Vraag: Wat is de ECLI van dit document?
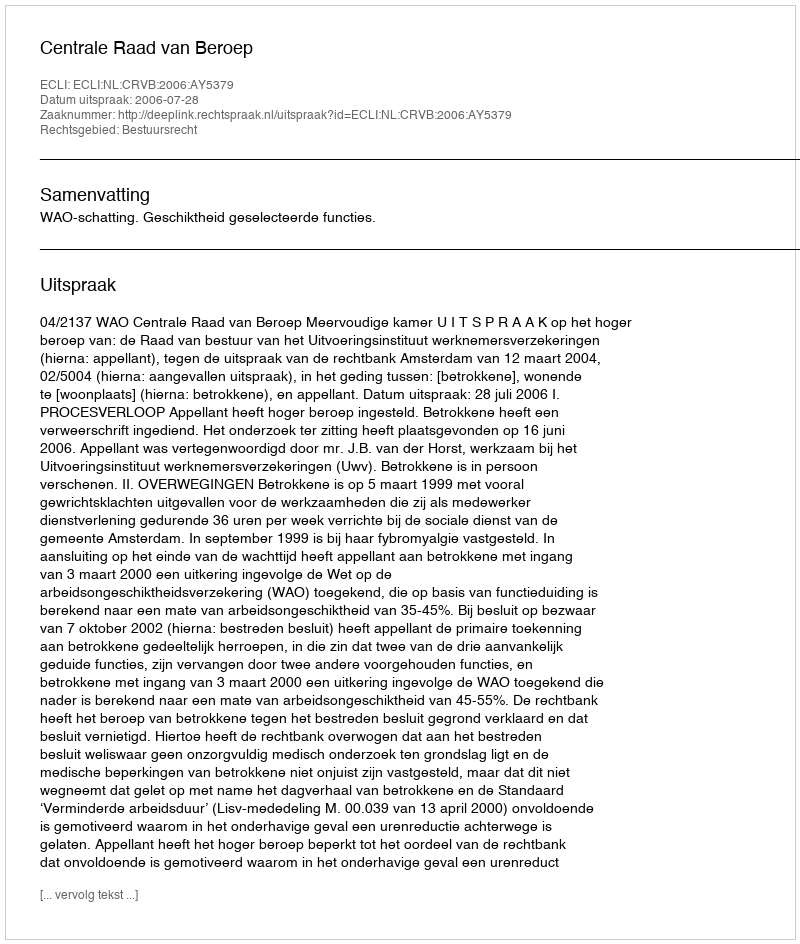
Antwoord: ECLI:NL:CRVB:2006:AY5379